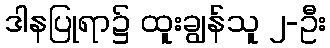
ဒါနပြုရာ၌ ထူးချွန်သူ ၂-ဦး